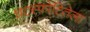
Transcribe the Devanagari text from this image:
घटस्फोटितेला